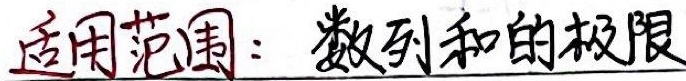
适用范围：数列和的极限